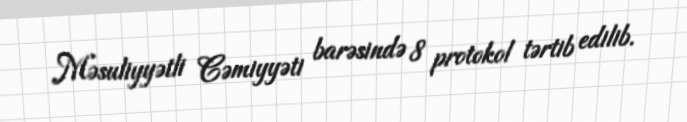
Məsuliyyətli Cəmiyyəti barəsində 8 protokol tərtib edilib.